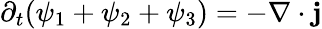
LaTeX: \partial_{t}(\psi_{1}+\psi_{2}+\psi_{3})=-\nabla\cdot\mathbf j